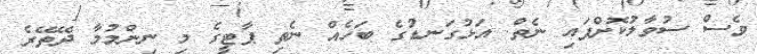
ވެސް ސުވާލުކޮށްފައި ނެތް. އަޅުގަނޑުގެ ބަހެއް ނެތި ޕާޓީގެ މި ނިންމުމާ ދޭތޭރެ